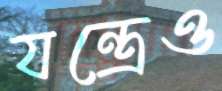
যন্ত্রেও